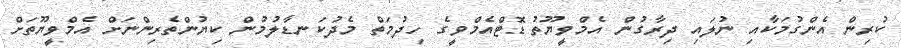
ކުރިން އެންގުމަކާއި ނުލައި ދިރާގުން އެމްވީޔޫތު ޑޮޓްއެމްވީގެ ހިދުމަތް މެދުކަނޑާލުމުން ކިޔުންތެރިންނަށް އެމްވީޔޫތަށް